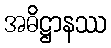
အဓိဋ္ဌာနဿ